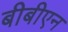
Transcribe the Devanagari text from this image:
बीबीएन